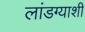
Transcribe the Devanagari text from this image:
लांडग्याशी